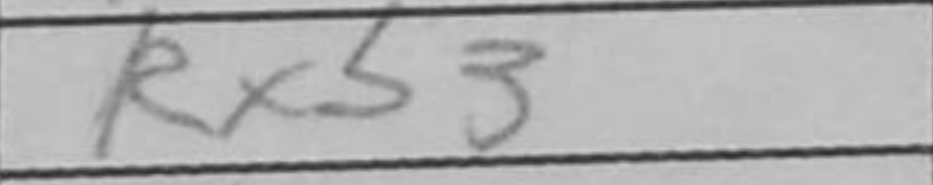
Transcription: Rxb3